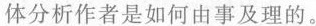
体分析作者是如何由事及理的。